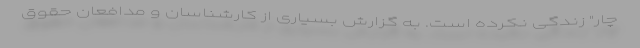
چار" زندگی نکرده است. به گزارش بسیاری از کارشناسان و مدافعان حقوق